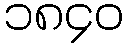
၁၈၄၀